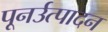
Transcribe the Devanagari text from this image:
पूनर्उत्पादन